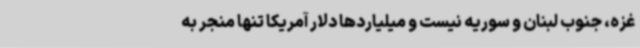
غزه، جنوب لبنان و سوریه نیست و میلیاردها دلار آمریکا تنها منجر به